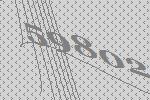
59802